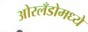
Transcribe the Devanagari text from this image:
ओरलँडोमध्ये